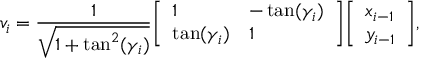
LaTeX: v _ { i } = { \frac { 1 } { \sqrt { 1 + \tan ^ { 2 } ( \gamma _ { i } ) } } } { \left[ \begin{array} { l l } { 1 } & { - \tan ( \gamma _ { i } ) } \\ { \tan ( \gamma _ { i } ) } & { 1 } \end{array} \right] } { \left[ \begin{array} { l } { x _ { i - 1 } } \\ { y _ { i - 1 } } \end{array} \right] } ,